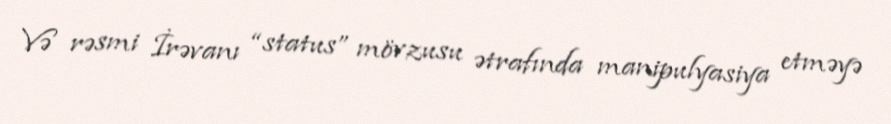
Və rəsmi İrəvanı “status” mövzusu ətrafında manipulyasiya etməyə